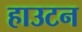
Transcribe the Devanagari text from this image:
हाउटन